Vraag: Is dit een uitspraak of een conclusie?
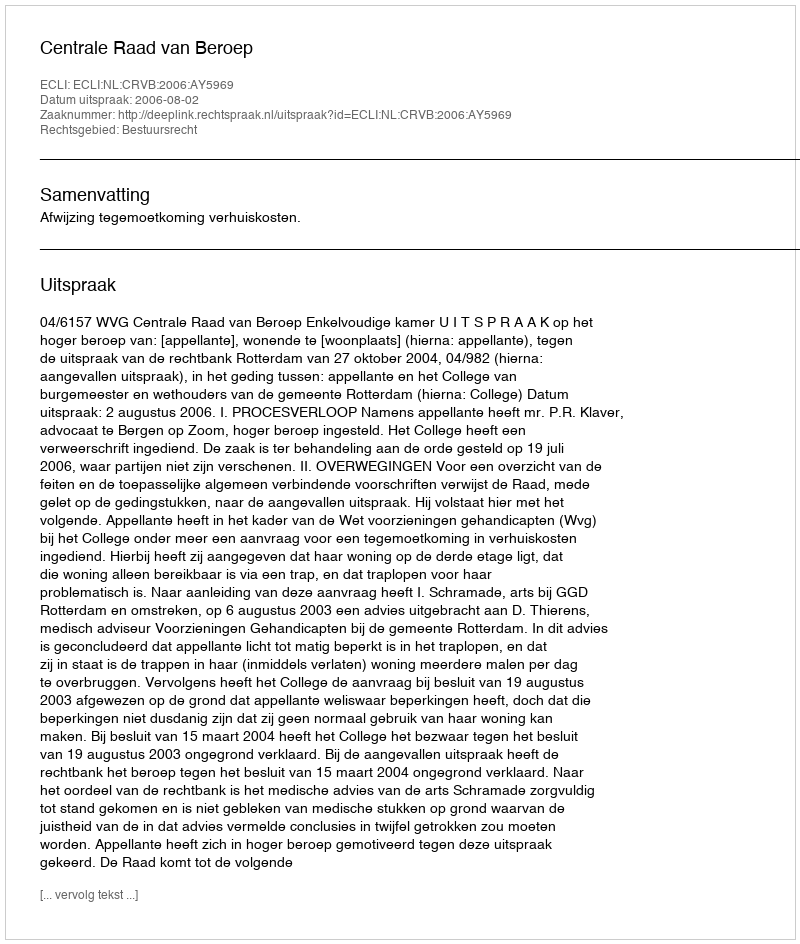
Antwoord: Uitspraak